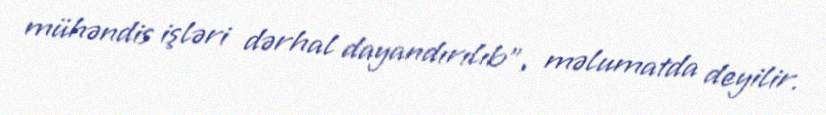
mühəndis işləri dərhal dayandırılıb”, məlumatda deyilir.